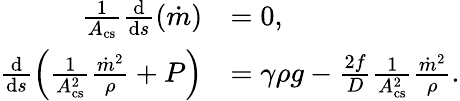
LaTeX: \begin{array}{rl}{\frac{1}{A_{\mathrm{cs}}}\frac{\mathrm{d}}{\mathrm{d}s}(\dot{m})}&{=0,}\\ {\frac{\mathrm{d}}{\mathrm{d}s}\left(\frac{1}{A_{\mathrm{cs}}^{2}}\frac{\dot{m}^{2}}{\rho}+P\right)}&{=\gamma\rho g-\frac{2f}{D}\frac{1}{A_{\mathrm{cs}}^{2}}\frac{\dot{m}^{2}}{\rho}.}\end{array}